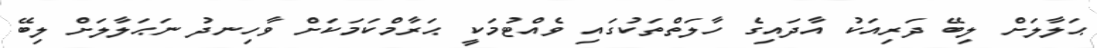
ޙަލާލަށް ލިބޭ ދަރިއަކު އާދައިގެ ހާލަތްތަކުގައި ވެއްޓުމަކީ ޙަރާމްކަމަކަށް ވާހިނދު ނަޙަލާލަށް ލިބޭ